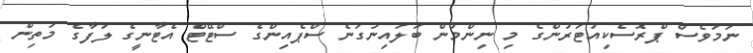
ނަމަވެސް ޕްރޮސެކިއުޓަރުންގެ މި ނިންމުން ބަލައިނުގަނެ ސްޕެއިންގެ ސްޓޭޓް އެޓާނީގެ ލަފާގެ މަތިން